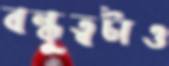
বন্ধুত্বটাও